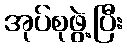
အုပ်စုဖွဲ့ပြီး